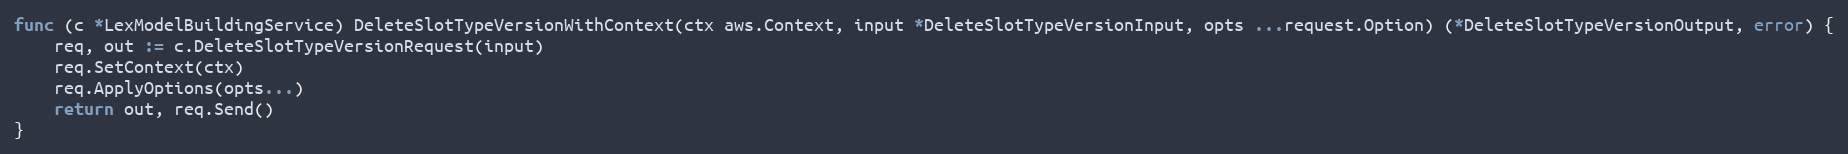
Language: Go
func (c *LexModelBuildingService) DeleteSlotTypeVersionWithContext(ctx aws.Context, input *DeleteSlotTypeVersionInput, opts ...request.Option) (*DeleteSlotTypeVersionOutput, error) {
	req, out := c.DeleteSlotTypeVersionRequest(input)
	req.SetContext(ctx)
	req.ApplyOptions(opts...)
	return out, req.Send()
}